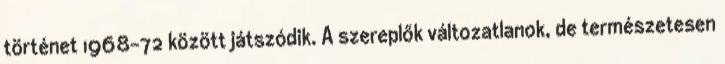
történet 1968-72 között játszódik. A szereplők változatlanok, de természetesen